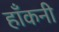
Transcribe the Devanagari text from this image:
हाँकनी